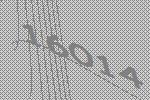
16014